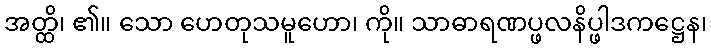
အတ္ထိ၊ ၏။ သော ဟေတုသမူဟော၊ ကို။ သာဓာရဏပ္ဖလနိပ္ဖါဒကဋ္ဌေန၊